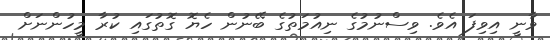
ވާނީ އިވިފަ އެވެ. ވިސްނުމުގެ ނިއުމަތުގެ ބޭނުން ހެޔޮ ގޮތުގައި ކުރާ މީހުންނަށް